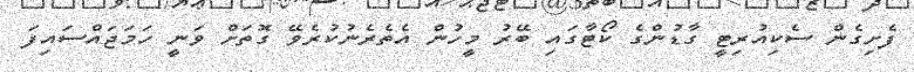
ފެށިގެން ސެކިއުރިޓީ ގާޑުންގެ ކޯޓާގައި ބޭރު މީހުން އެތެރެނުކުރެވޭ ގޮތަށް ވަނީ ހަމަޖައްސައިފަ